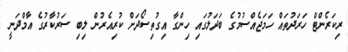
ރިކަރެންޓް ހަރަދުތައް ހަމަޖެއްސުމުގެ ބަދަލުގައި ހިންގާ އިގުތިސޯދަށް ކުރިއެރުން ލިބި ސަރުކާރުގެ އާމްދަނީ